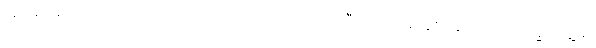
အမေ့ အကြောင်းလည်း ခင်ဗျား သိသားပဲ။ ကြာတော့ အဲဒီလို ဆေးတွေစုံနေတာနဲ့ကို ဒုက္ခ တွေ့မှာ